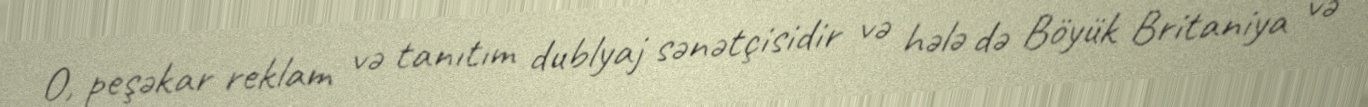
O, peşəkar reklam və tanıtım dublyaj sənətçisidir və hələ də Böyük Britaniya və